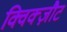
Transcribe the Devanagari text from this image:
क्विक्ज़ौट